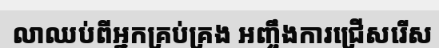
លាឈប់ពីអ្នកគ្រប់គ្រង អញ្ចឹងការជ្រើសរើស